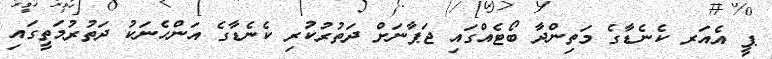
ޕީ އެއަރ ކެނެޑާގެ މަތިންދާ ބޯޓެއްގައި ޖަޕާނަށް ދަތުރުކުރި ކެނެޑާގެ އަންހެނަކު ދަތުރުމަތީގައި